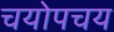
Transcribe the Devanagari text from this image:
चयोपचय